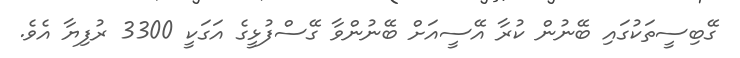
ގޭބިސީތަކުގައި ބޭނުން ކުރާ އޭސީއަށް ބޭނުންވާ ގޭސްފުޅީގެ އަގަކީ 3300 ރުފިޔާ އެވެ.